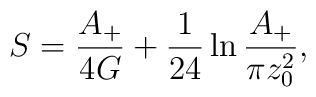
S={A_+\over 4G}+{1\over 24}\ln {A_+\over \pi z^2_0} ,